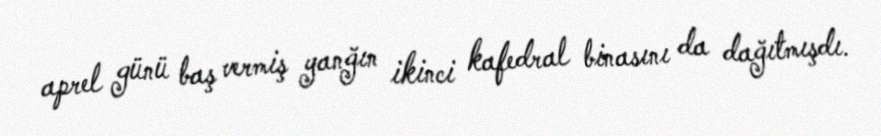
aprel günü baş vermiş yanğın ikinci kafedral binasını da dağıtmışdı.